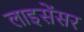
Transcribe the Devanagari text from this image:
लाइसेंसर